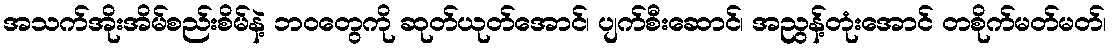
အသက်အိုးအိမ်စည်းစိမ်နဲ့ ဘဝတွေကို ဆုတ်ယုတ်အောင်၊ ပျက်စီးဆောင်၊ အညွန့်တုံးအောင် တစိုက်မတ်မတ်၊